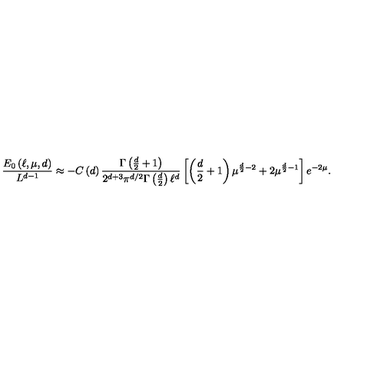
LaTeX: \frac { E _ { 0 } \left( \ell , \mu , d \right) } { L ^ { d - 1 } } \approx - C \left( d \right) \frac { \Gamma \left( \frac { d } { 2 } + 1 \right) } { 2 ^ { d + 3 } \pi ^ { d / 2 } \Gamma \left( \frac { d } { 2 } \right) \ell ^ { d } } \left[ \left( \frac { d } { 2 } + 1 \right) \mu ^ { \frac { d } { 2 } - 2 } + 2 \mu ^ { \frac { d } { 2 } - 1 } \right] e ^ { - 2 \mu } .